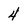
Character: 4